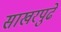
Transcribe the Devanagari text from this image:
साखरपुढे